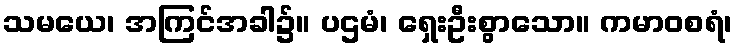
သမယေ၊ အကြင်အခါ၌။ ပဌမံ၊ ရှေးဦးစွာသော။ ကမာဝစရံ၊